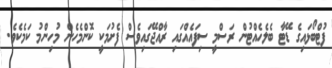
ފުޓްބޯޅައިގެ ޑޭޓާ ބެލެހެއްޓުން ރަސްމީ ސިފައެއްގައި ރާއްޖޭގައިވެސް ފެށުމަކީ ކޮންމެހެން މުހިންމު ކަމެކެވެ.